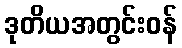
ဒုတိယအတွင်းဝန်